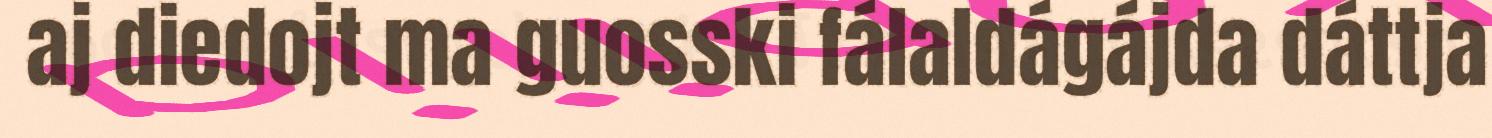
aj diedojt ma guosski fálaldágájda dáttja